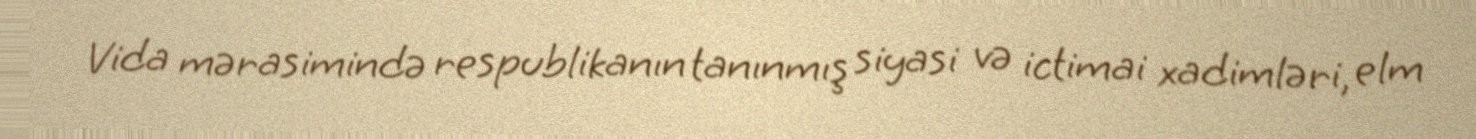
Vida mərasimində respublikanın tanınmış siyasi və ictimai xadimləri, elm